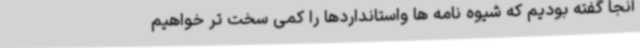
آنجا گفته بودیم که شیوه نامه ها واستانداردها را کمی سخت تر خواهیم